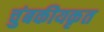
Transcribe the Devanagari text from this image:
चुंबकीयकृत